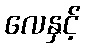
လေနှင့်